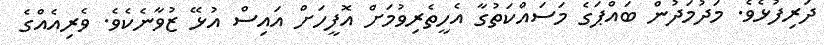
ދަރިފުޅެވެ. މަދުމަދުން ބައްޕަގެ މަސައްކަތުގާ އެހީތެރިވުމަށް އޮފީހަށް އައިސް އުޅޭ ޒުވާނެކެވެ. ވެރިއެއްގެ